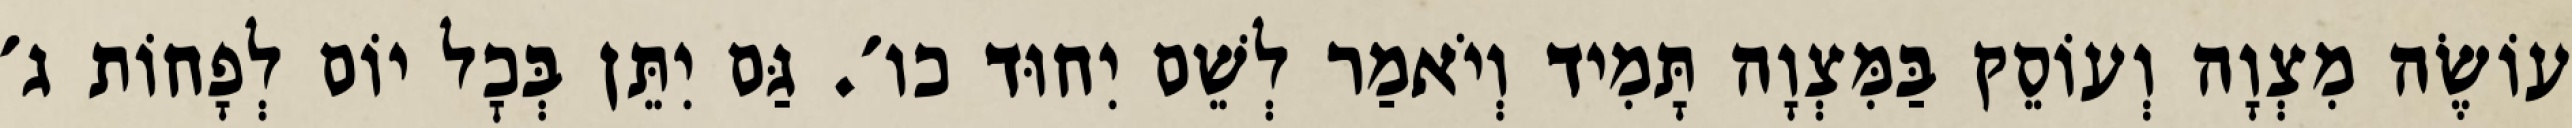
עוֹשֶׂה מִצְוָה וְעוֹסֵק בַּמִּצְוָה תָּמִיד וְיֹאמַר לְשֵׁם יִחוּד כו׳. גַּם יִתֵּן בְּכׇל יוֹם לְפָחוֹת ג׳